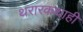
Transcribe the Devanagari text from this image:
थरारकथाही